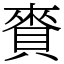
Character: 賚